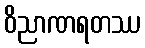
ဝိညာဏရတဿ